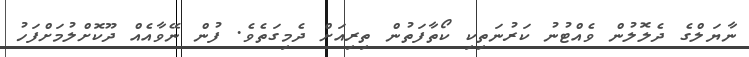
ނާޔަލްގެ ދެލޮލުން ވެއްޓުނު ކަރުނަތިކި ކޯތާފަތުން ތިރިއަށް ދެމިގަތެވެ. ފުން ނޭވާއެއް ދޫކޮށްލުމަށްފަހު